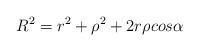
\begin{align*}R^2 = r^2 + \rho ^2 + 2r \rho cos \alpha \end{align*}